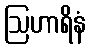
ဩဟာရိနံ